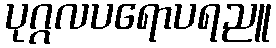
ပုဂ္ဂလပရောပရညူ